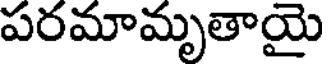
పరమామృతాయై